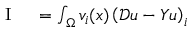
\begin{array} { r l } { \mathrm { ~ I ~ } } & { { } = \int _ { \Omega } v _ { i } ( x ) \left( \mathcal { D } u - Y u \right) _ { i } } \end{array}